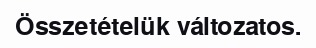
Összetételük változatos.